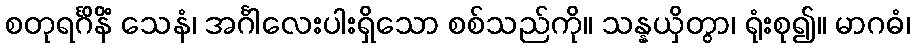
စတုရင်္ဂိနိံ သေနံ၊ အင်္ဂါလေးပါးရှိသော စစ်သည်ကို။ သန္နယှိတွာ၊ ရုံးစု၍။ မာဂဓံ၊